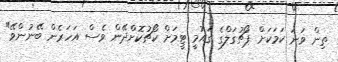
ތިން ވަނަ ކަމަކަށް ޕޯޗުގަލްގެ ގައުމީ ޓީމަށް ކޯޗުކޮށްދޭން ވެސް އަހަރެން ބޭނުންވޭ"